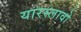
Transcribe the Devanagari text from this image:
यारस्लावो